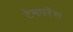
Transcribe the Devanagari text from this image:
टेमपरेंस